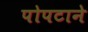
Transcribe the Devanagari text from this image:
पोपटाने